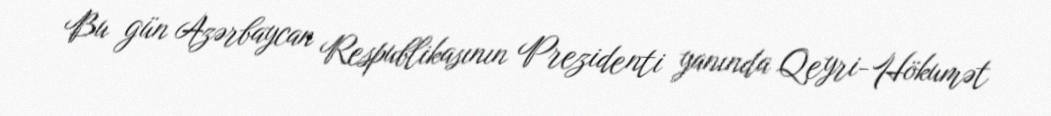
Bu gün Azərbaycan Respublikasının Prezidenti yanında Qeyri-Hökumət